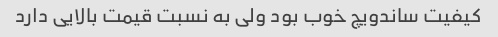
کیفیت ساندویچ خوب بود ولی به نسبت قیمت بالایی دارد